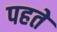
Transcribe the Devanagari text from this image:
पहते